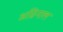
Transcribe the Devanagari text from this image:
अग्निनाल